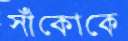
সাঁকোকে